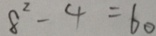
8 ^ { 2 } - 4 = 6 0